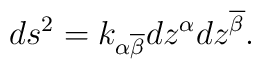
ds^{2}=k_{\alpha \overline{\beta }}dz^{\alpha }dz^{\overline{\beta }}.